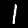
Digit: 1